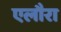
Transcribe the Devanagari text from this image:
एलौरा